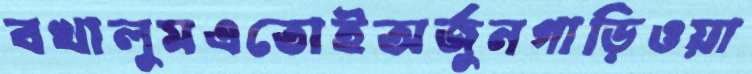
বখালুমএতোইঅর্জুনগাড়িওয়া